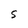
Character: S